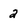
Character: 2